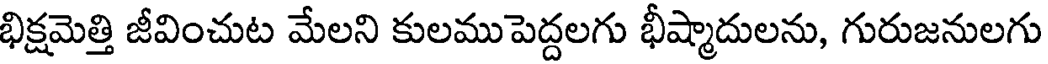
భిక్షమెత్తి జీవించుట మేలని కులముపెద్దలగు భీష్మాదులను, గురుజనులగు